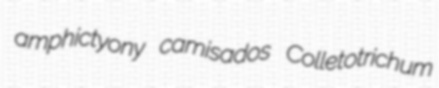
amphictyony camisados Colletotrichum